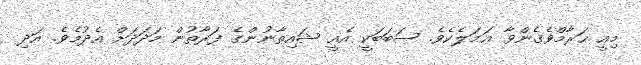
މިއީ ޙަރާމްވެގެންވާ ޢަމަލެކެވެ. ސަބަބަކީ އެއީ ޝައިޠާނުންގެ ފަރާތުން މަދަދަށް އެދުމެވެ. އަދި